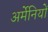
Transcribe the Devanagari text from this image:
अर्मेनियों